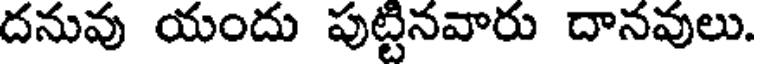
దనువు యందు పుట్టినవారు దానవులు.